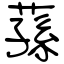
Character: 蓀